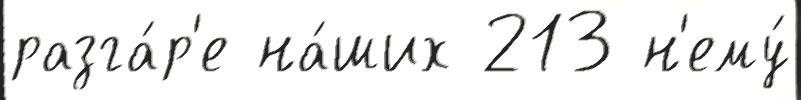
разга́р'е на́ших 213 н'ему́